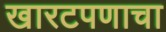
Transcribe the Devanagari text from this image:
खारटपणाचा